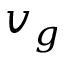
v _ { g }